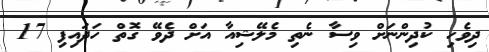
ދިވެހި ކުދިންނަށް ވިސާ ނެތި މެލޭޝިއާ އަށް ދެވޭ ގޮތް ހަދައިފި 17